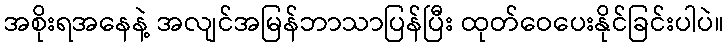
အစိုးရအနေနဲ့ အလျင်အမြန်ဘာသာပြန်ပြီး ထုတ်ဝေပေးနိုင်ခြင်းပါပဲ။